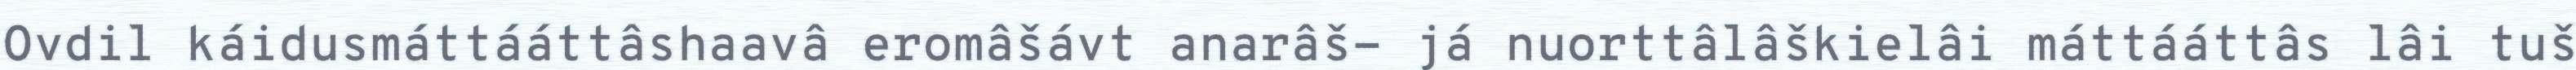
Ovdil káidusmáttááttâshaavâ eromâšávt anarâš- já nuorttâlâškielâi máttááttâs lâi tuš